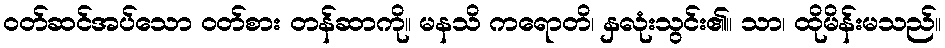
ဝတ်ဆင်အပ်သော ဝတ်စား တန်ဆာကို။ မနသိ ကရောတိ၊ နှလုံးသွင်း၏။ သာ၊ ထိုမိန်းမသည်။